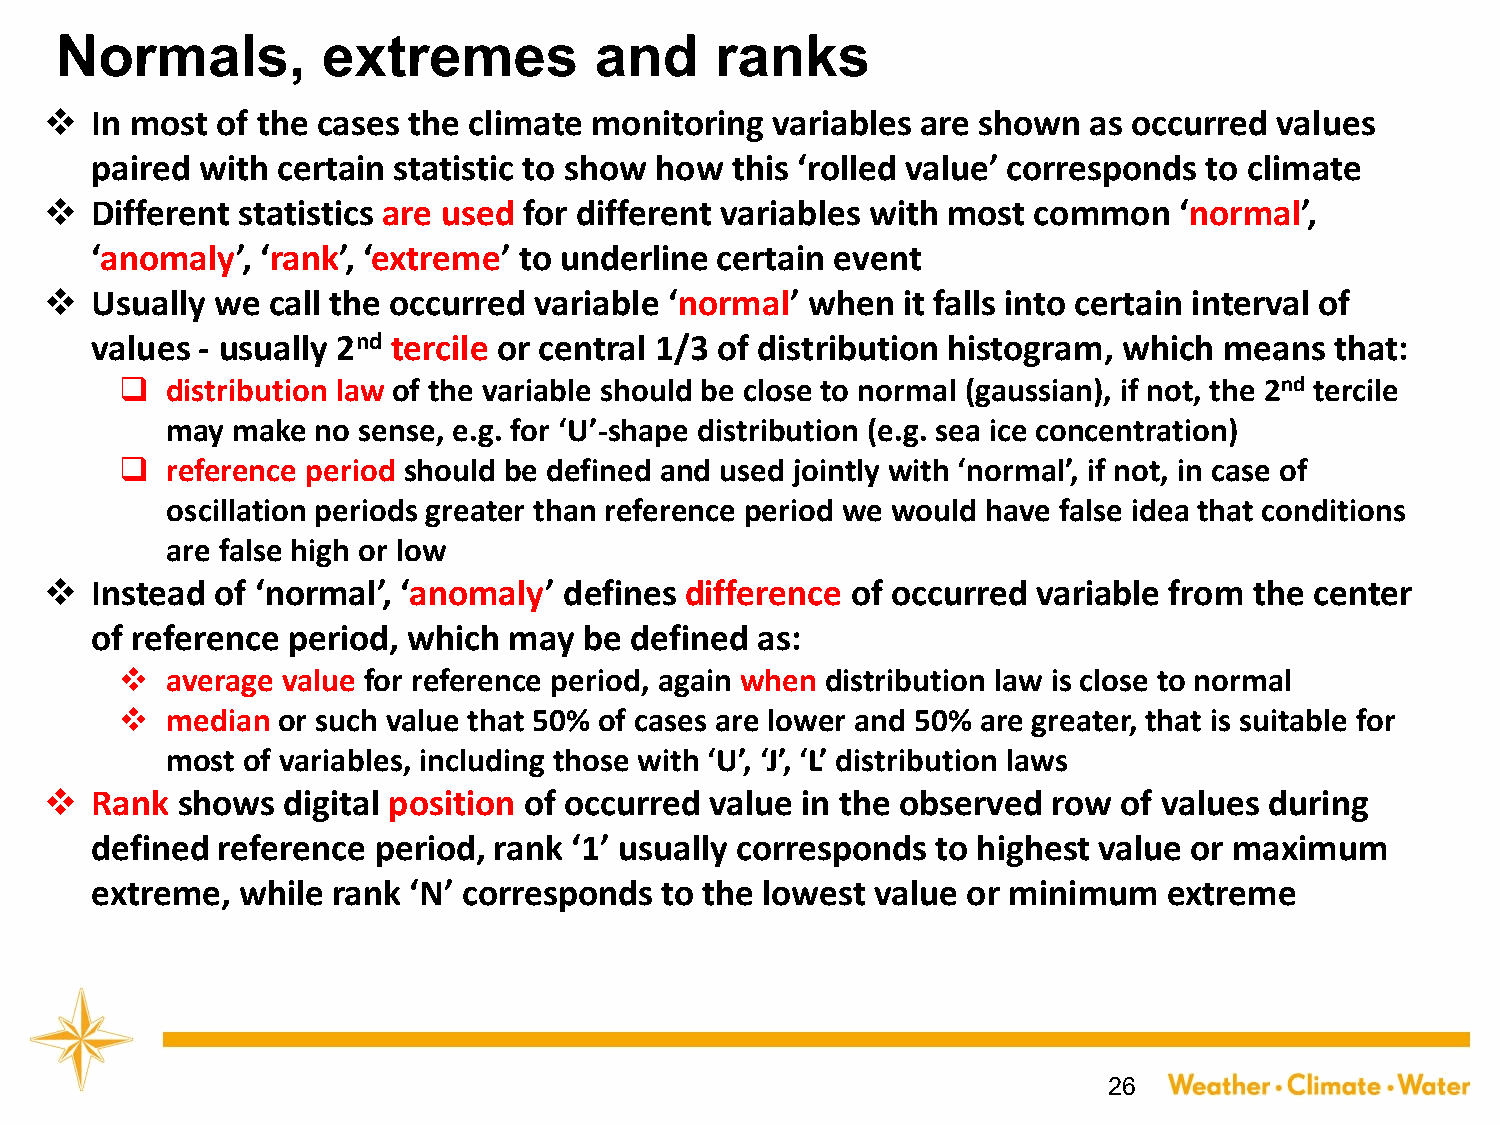
Normals,         extremes          and     ranks
 ❖  In most of the cases the climate monitoring  variables are shown  as occurred  values
 paired with certain statistic to show how this ‘rolled value’ corresponds to climate
 ❖  Different statistics are used for different variables with most common  ‘normal’,
 ‘anomaly’, ‘rank’, ‘extreme’ to underline certain event
 ❖  Usually we  call the occurred variable ‘normal’ when  it falls into certain interval of
 values - usually 2nd tercile or central 1/3 of distribution histogram, which means that:
 ❑  distribution law of the variable should be close to normal (gaussian), if not, the 2nd tercile
 may make  no sense, e.g. for ‘U’-shape distribution (e.g. sea ice concentration)
 ❑  reference period should be defined and used jointly with ‘normal’, if not, in case of
 oscillation periods greater than reference period we would have false idea that conditions
 are false high or low
 ❖  Instead of ‘normal’, ‘anomaly’ defines difference of occurred  variable from the center
 of reference period, which  may  be defined as:
 ❖  average value for reference period, again when distribution law is close to normal
 ❖  median or such value that 50% of cases are lower and 50% are greater, that is suitable for
 most of variables, including those with ‘U’, ‘J’, ‘L’ distribution laws
 ❖  Rank  shows  digital position of occurred value in the observed row of values during
 defined reference  period, rank ‘1’ usually corresponds to highest value or maximum
 extreme,  while rank ‘N’ corresponds  to the lowest value or minimum   extreme
 26